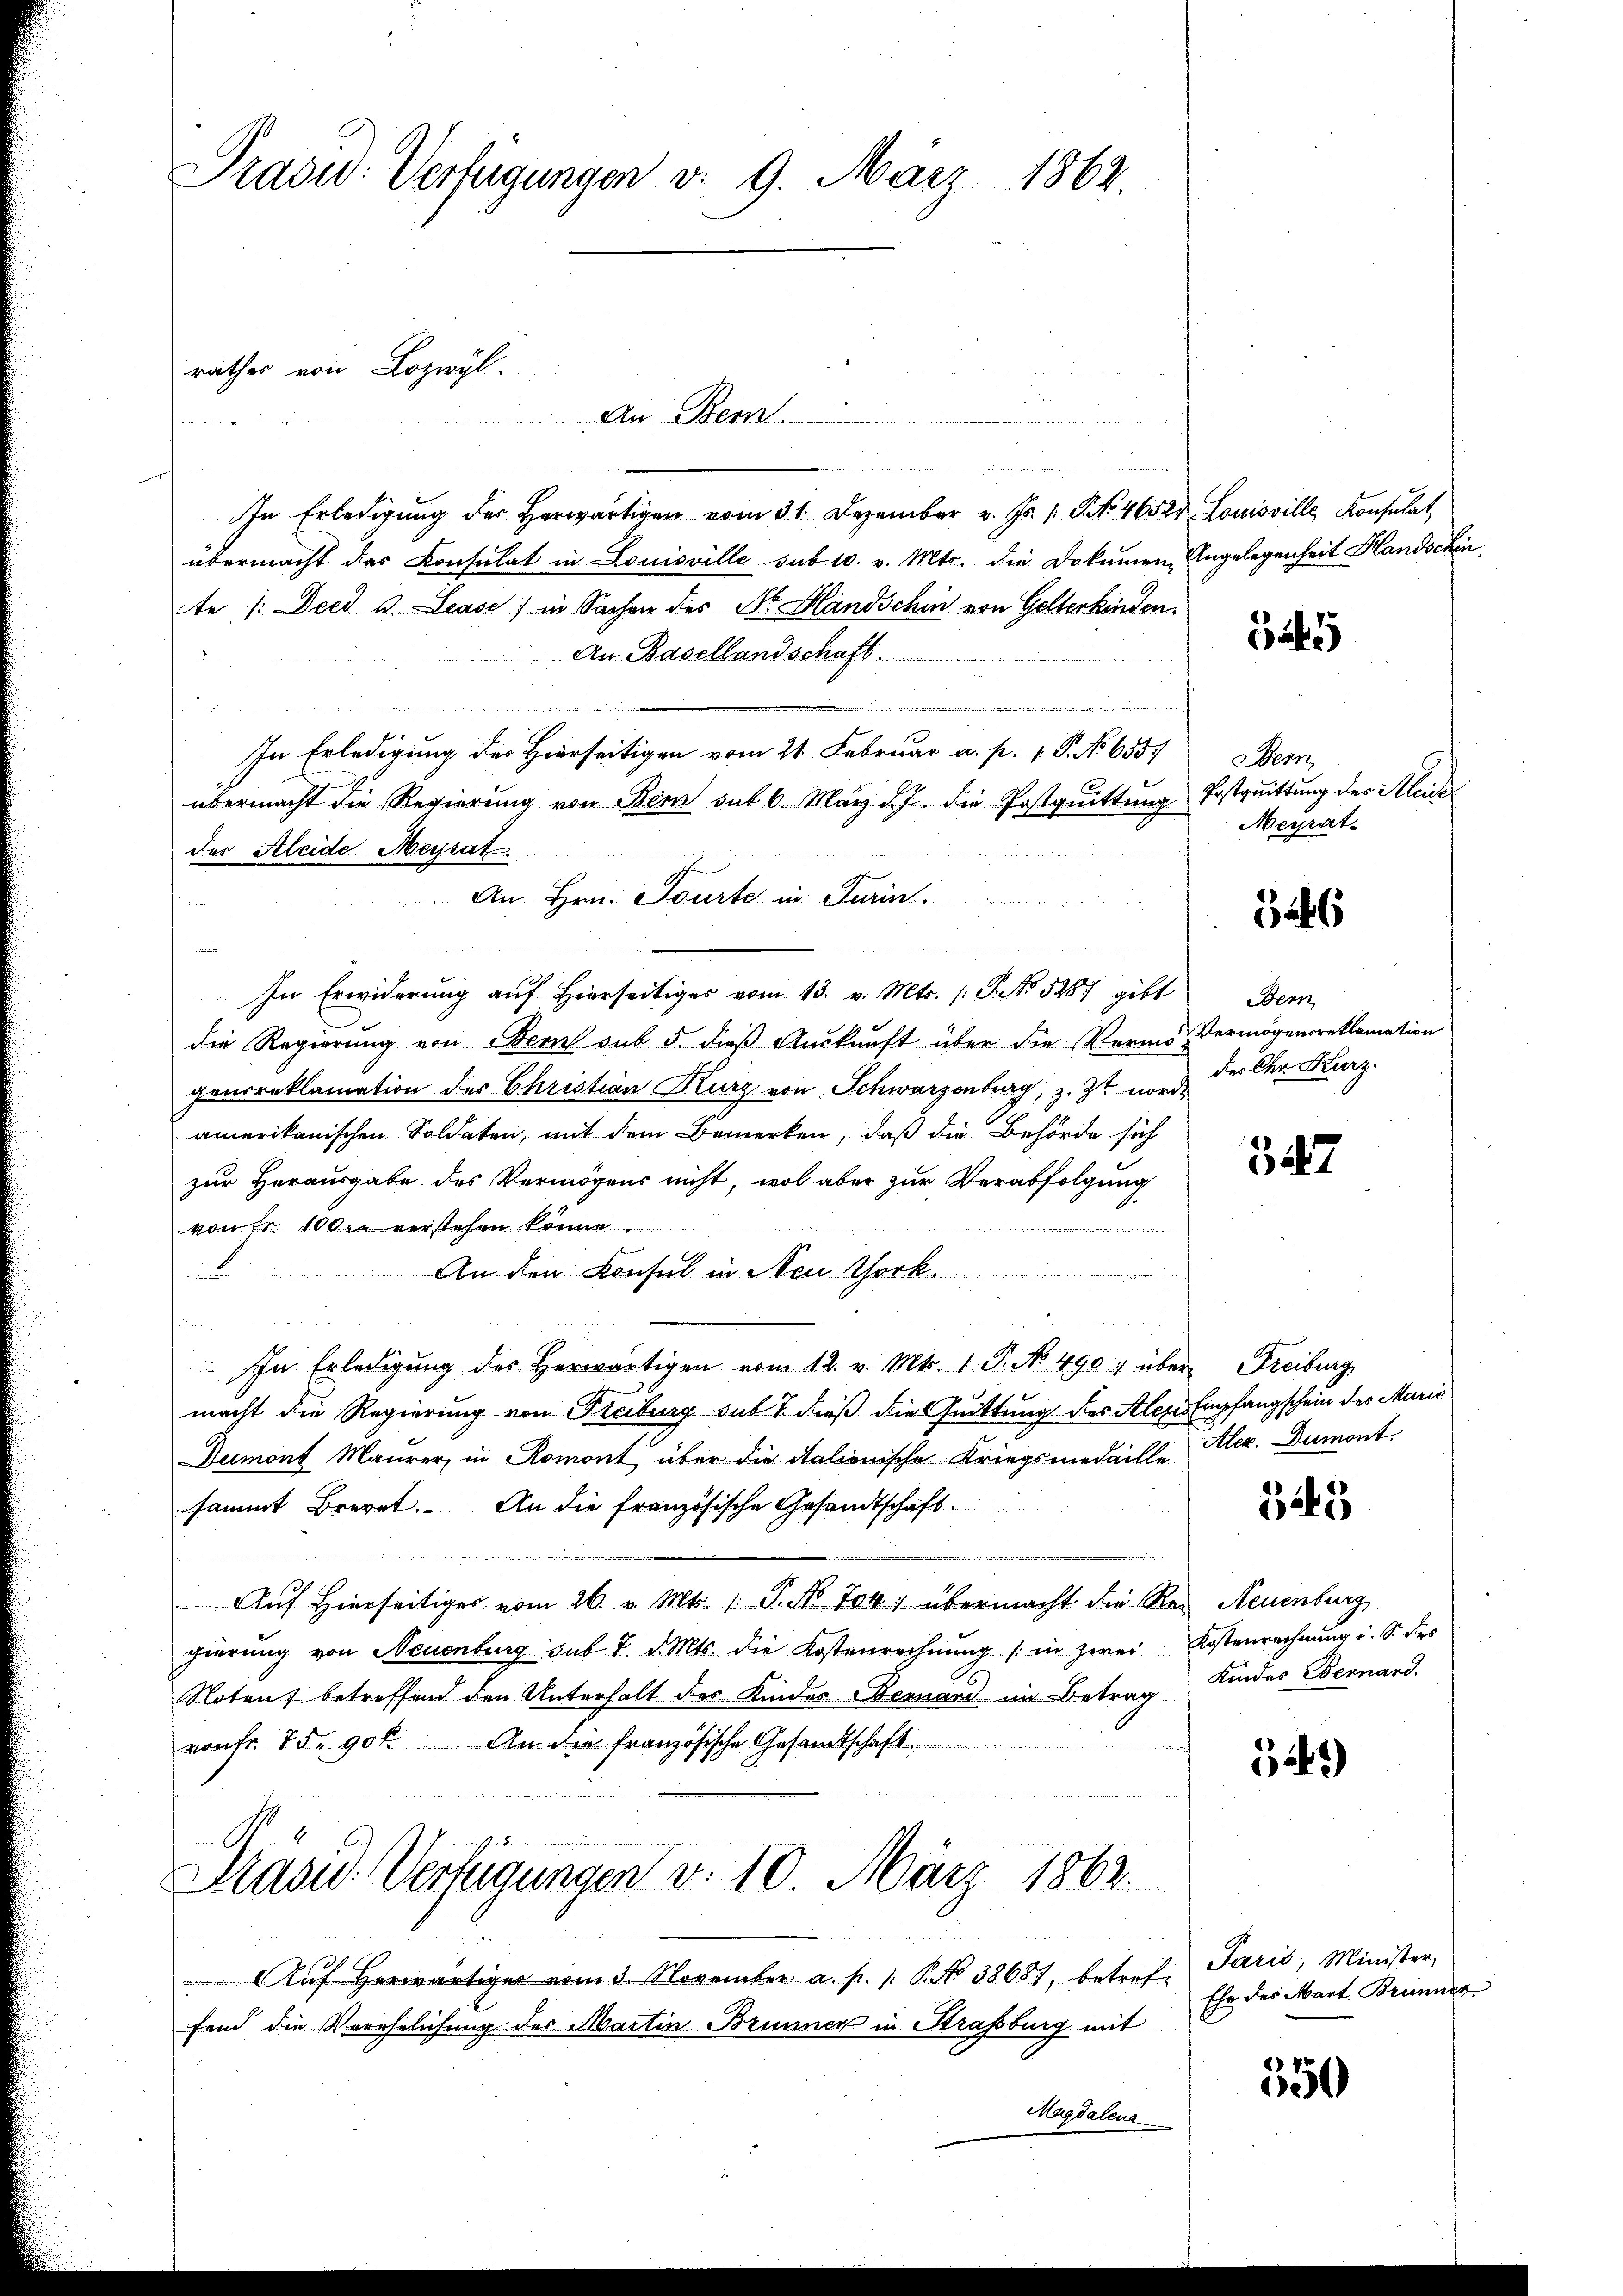
In Erledigŭng der herwärtigen vom 31. Dezember v. Js. 1 S. 4652. Louisville Konsulat
übermacht das Consulat in Louisville sub 10. v. Mts. die Dokumen Angelegenheit Handschin
te /:Deed u. Lease) in Sachen des N. Handschin von Gotterkinden.
An Basellandschaft.

In Erledigung des Hierseitigen vom 21. Februar a. p. 1 P. No. 655.
übermacht die Regierung von Bern sub 6. März d. J. die Postquittung Postquittung des Kleide
der Kleide Meirat
An Hrn. Tourte in Turin.
  deren die von den gegen
 z e n d
In Erwiderung auf Hierseitiger vom 13. v. Mts. (T. No 5287 gibt
die Regierŭng von Bern sub 5. dieβ Aŭskŭnft über die Verme Vermögensreklamation
genreklamation des Christian Kurz von Schwarzenberg, z. Zt. nur der Chr. Kurz
amerikanischen Soldaten, mit dem Bemerken, daß die Behörde sich
zur Herausgabe des Vermögens nicht, wol aber zur Verabfolgung
von Fr. 100. verstehen könne.
n
 An den Konsul in Neuor
s
In Erledigŭng des herwärtigen vom 12. v. Mts. 1 P. No 4907 über Freiburg
macht die Regierung von Freiburg sub 7 dieß die Quittung des Alexes Empfangschein des Marie
Dumont Maurer, in Romont über die italienische Kriegsmedaille
sammt Brevet. An die französische Gesandtschaft-

Auf hierseitiges vom 26 v. Mts. 1. No 704 übermacht die Rei Neuenburg,
gierung von Neuenburg sub 7. d. Mts. die Kostenrechnŭng in zwei Kostenrechnŭng i. S. des
Noten betreffend den Unterhalt des Kinder Bernand im Betrag
vonFr. 75. 90 f. An die französische Gesamtschaft.
Präsid. Verfügungen v. 10. März 1862.
n
Aŭf herwärtiger vom 3. November a. p. 1. P. Nr. 38681, betreffend die Verehelichung des Martin Brunner in Strassburg mit
Magdalene

Präsid.: Verfügungen v. 9. März 1862.

rathes von Lozwyl

An Bem

6445

Bern
Meyrat

526

Bern

547

Alex. Dumont.

325

Kindes Obernard.

529)

Paris, Minister,
Ehe des Mart. Brunner

550